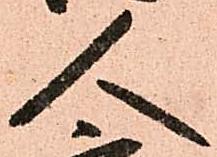
人